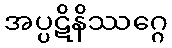
အပ္ပဋိနိဿဂ္ဂေ